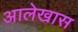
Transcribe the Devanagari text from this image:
आलेखास